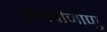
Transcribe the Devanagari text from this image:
समवीजाणु